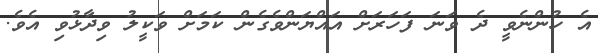
އެ ހުންނެވީ ދެ ވަނަ ފަހަރަށް އައްޔަންވެގެން ކަމަށް ވަކީލު ވިދާޅުވި އެވެ.